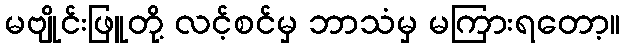
မဗျိုင်းဖြူတို့ လင့်စင်မှ ဘာသံမှ မကြားရတော့။